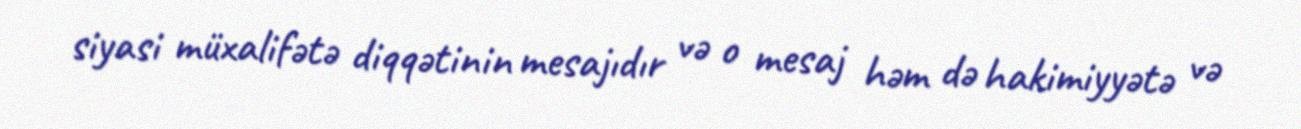
siyasi müxalifətə diqqətinin mesajıdır və o mesaj həm də hakimiyyətə və